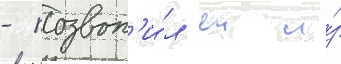
- позвон'и́л еи и́з